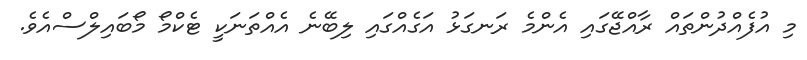
މި އުފެއްދުންތައް ރާއްޖޭގައި އެންމެ ރަނގަޅު އަގެއްގައި ލިބޭނެ އެއްތަނަކީ ޓެކްމޯ މޯބައިލްސްއެވެ.